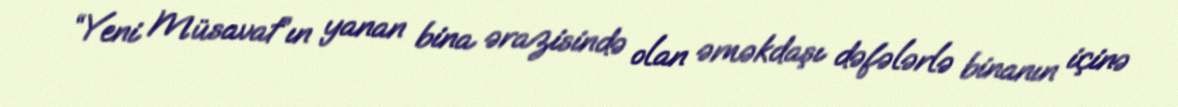
“Yeni Müsavat”ın yanan bina ərazisində olan əməkdaşı dəfələrlə binanın içinə